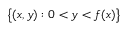
\big \{ ( x , y ) : 0 < y < f ( x ) \big \}